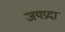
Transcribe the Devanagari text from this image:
जयप्रदा